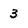
Character: 3